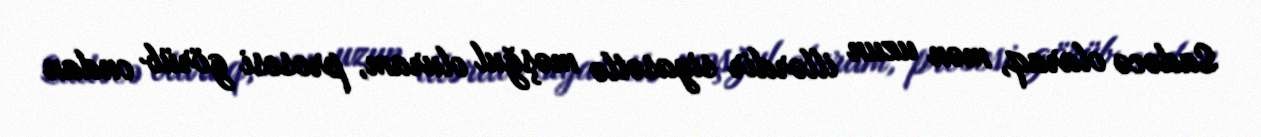
Sadəcə olaraq, mən uzun illərdir siyasətlə məşğul oluram, prosesi görüb ondan